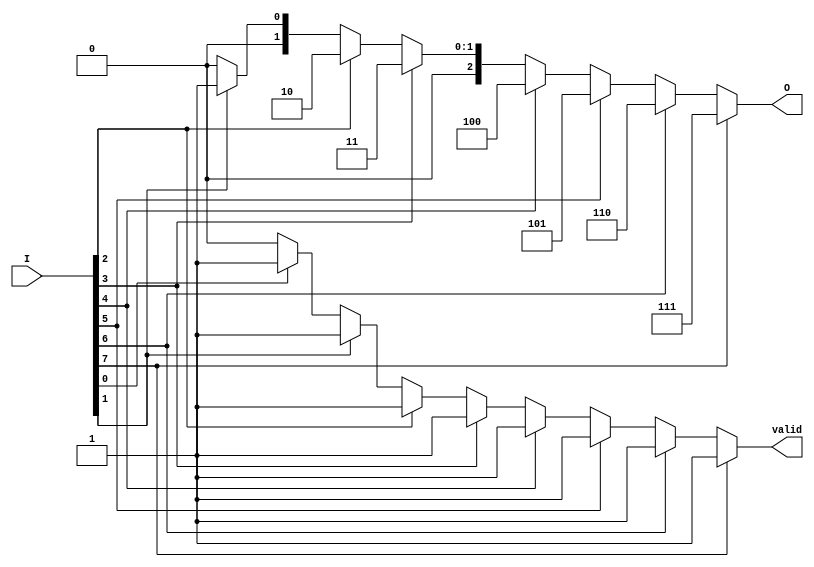
module binary_encoder (
    input wire [7:0] I, // 8 input lines
    output reg [2:0] O, // 3-bit output
    output reg valid    // Indicates if the output is valid
);
    
    always @(*) begin
        // Default values
        O = 3'b000; // Default output for no active inputs
        valid = 1'b0; // Default valid signal
        
        if (I[7]) begin
            O = 3'b111; // I7 is active
            valid = 1'b1;
        end
        else if (I[6]) begin
            O = 3'b110; // I6 is active
            valid = 1'b1;
        end
        else if (I[5]) begin
            O = 3'b101; // I5 is active
            valid = 1'b1;
        end
        else if (I[4]) begin
            O = 3'b100; // I4 is active
            valid = 1'b1;
        end
        else if (I[3]) begin
            O = 3'b011; // I3 is active
            valid = 1'b1;
        end
        else if (I[2]) begin
            O = 3'b010; // I2 is active
            valid = 1'b1;
        end
        else if (I[1]) begin
            O = 3'b001; // I1 is active
            valid = 1'b1;
        end
        else if (I[0]) begin
            O = 3'b000; // I0 is active, output remains 000
            valid = 1'b1;
        end
    end

endmodule